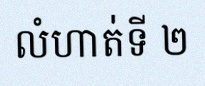
លំហាត់ទី ២